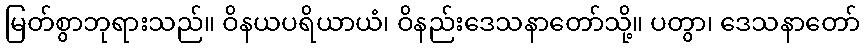
မြတ်စွာဘုရားသည်။ ဝိနယပရိယာယံ၊ ဝိနည်းဒေသနာတော်သို့။ ပတွာ၊ ဒေသနာတော်